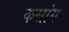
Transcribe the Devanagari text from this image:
कसांग